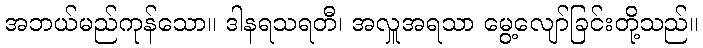
အဘယ်မည်ကုန်သော။ ဒါနရသရတီ၊ အလှူအရသာ မွေ့လျော်ခြင်းတို့သည်။